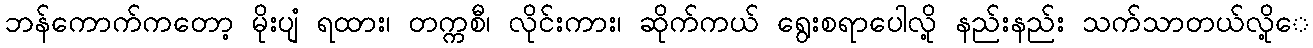
ဘန်ကောက်ကတော့ မိုးပျံ ရထား၊ တက္ကစီ၊ လိုင်းကား၊ ဆိုက်ကယ် ရွေးစရာပေါလို့ နည်းနည်း သက်သာတယ်လို့ေ